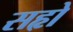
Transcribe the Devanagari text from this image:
सहृो